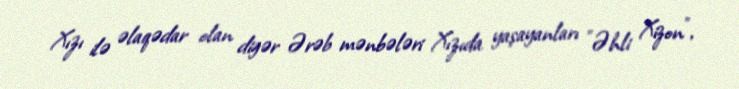
Xızı ilə əlaqədar olan digər Ərəb mənbələri Xızıda yaşayanları "Əhli Xizon",